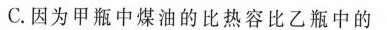
C.因为甲瓶中煤油的比热容比乙瓶中的